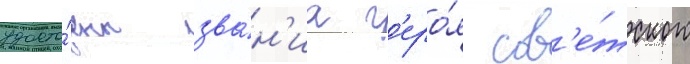
удосто́ены зва́н'иа г'еро́я сов'е́тского